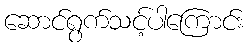
ဆောင်ရွက်သင့်ပါကြောင်း